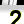
Digit: 2